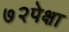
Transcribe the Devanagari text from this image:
७२पेक्षा